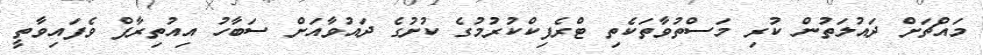
މައްޗަށް ދައުލަތުން ކުރި މަސްތުވާތަކެތި ޓްރެފިކްކުރުމުގެ ކުށުގެ ދައުވާއަށް ސަބާހު އިއުތިރާފް ވެފައިވާތީ